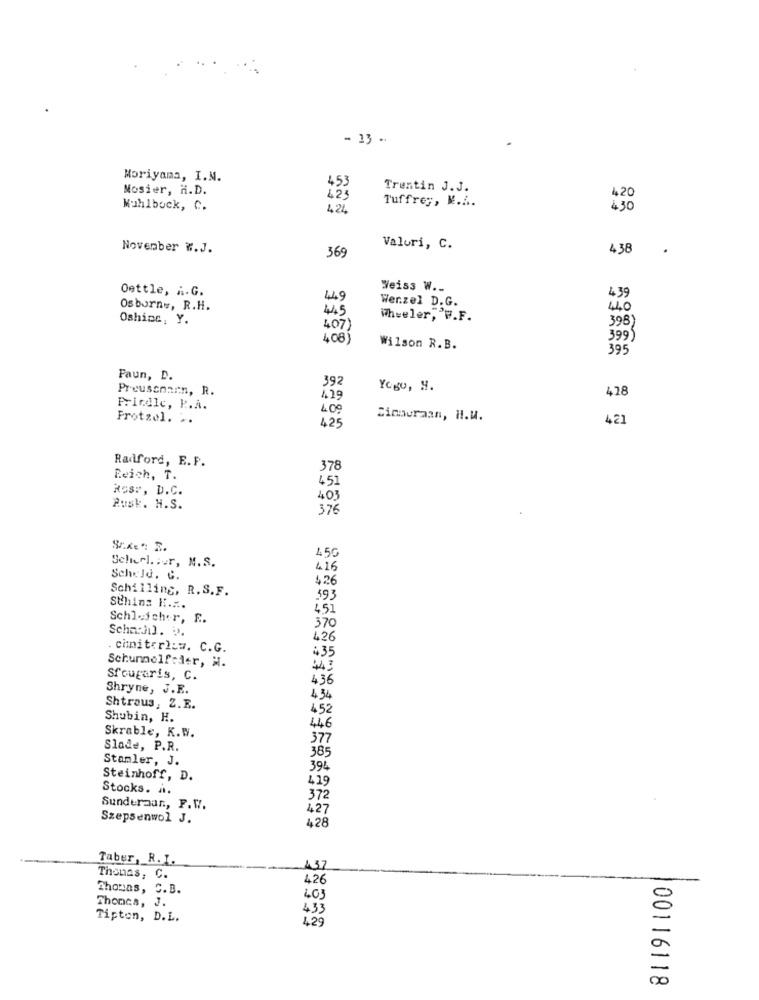
- 13 -.
Moriyama, I.M.
Mosier, H.D.
453
Trentin J.J.
423
Tuffre ;, M.A.
420
Muhlbock, C.
424
November #.J.
369
Valori, C.
438
Oettle, A.G.
Weiss W ...
4 39
44.9
Wer.zel D.G.
Osborne, R.H.
445
440
Oshinc, Y.
Wheeler, P.F.
398)
407)
408)
399)
Wilson R.B.
395
Faun, D.
392
Preusenarn, R.
Yogu, 9.
428
4.19
Pricdle, P.A.
Frotzel. ..
425
Simauraan, H.W.
421
Radford, E.F.
378
Reich, T.
451
Ros :, D.C.
403
Rusk. H.S.
376
450
Selicel. : ur, M.S.
416
Scheld. C.
426
Schilling, R.S.F.
593
Sthing K ....
4,51
Schleicher, E.
Scharhil. 5.
370
426
chnitori:w. C.G.
435
Schunnelfeder, M.
443
Sfouparis, C.
436
Shryne, J.E.
4.34
Shtraus, Z.E.
452
Shubin, H.
446
Skrable, K.W.
377
Slade, P.R.
385
Stamler, J.
394
Steinhoff, D.
419
Stocks. a.
372
Sunderaan, F.W.
427
Szepsenwol J.
428
Taber, R.I.
437
Thenas, C.
426
Thomas, C. B.
Thoncs, J.
403
433
Tipten, D.L.
429
00116118